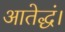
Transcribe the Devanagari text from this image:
आतेद्धं।